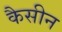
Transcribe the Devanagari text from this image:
कैसीन